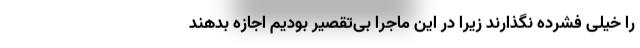
را خیلی فشرده نگذارند زیرا در این ماجرا بی‌تقصیر بودیم اجازه بدهند